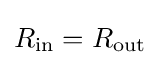
R_{\mathrm {in} }=R_{\mathrm {out} }